Lunatic asylums United Provinces 1899-1908 - 1899-1908
Year: 1899
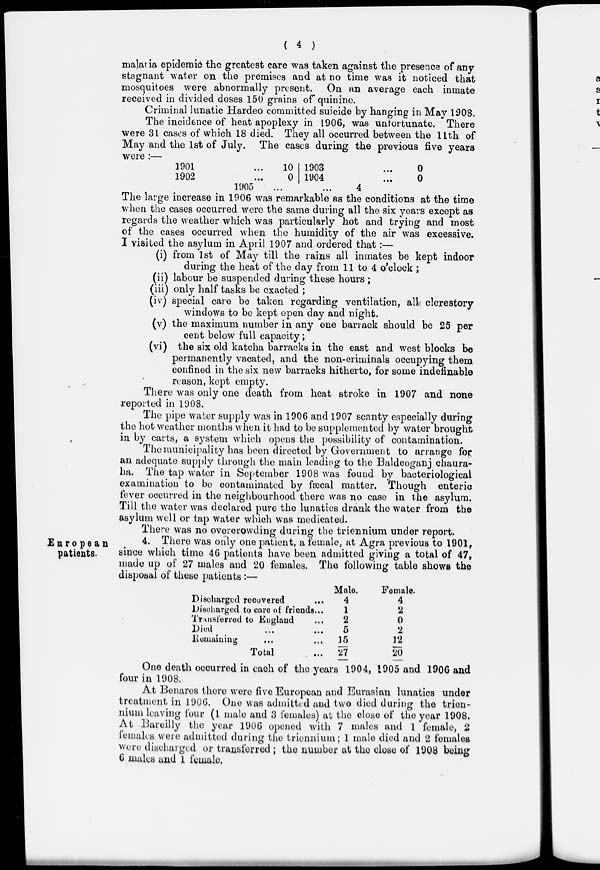
( 4 )
malaria epidemic the greatest care was taken against the presence of any
stagnant water on the premises and at no time was it noticed that
mosquitoes were abnormally present. On an average each inmate
received in divided doses 150 grains of quinine.
Criminal lunatic Hardeo committed suicide by hanging in May 1908.
The incidence of heat apoplexy in 1906, was unfortunate. There
were 31 cases of which 18 died. They all occurred between the 11th of
May and the 1st of July. The cases during the previous five years
were :—
1901
...
1902
...
1905
10
0
...
1903
1904
...
4
...
...
0
0
The large increase in 1906 was remarkable as the conditions at the time
when the cases occurred were the same during all the six years except as
regards the weather which was particularly hot and trying and most
of the cases occurred when the humidity of the air was excessive.
I visited the asylum in April 1907 and ordered that:—
(i) from 1st of May till the rains all inmates be kept indoor
during the heat of the day from 11 to 4 o'clock ;
(ii) labour be suspended during these hours ;
(iii) only half tasks be exacted ;
(iv) special care be taken regarding ventilation, all clerestory
windows to be kept open day and night.
(v) the maximum number in any one barrack should be 25 per
cent below full capacity;
(vi) the six old katcha barracks in the east and west blocks be
permanently vacated, and the non-criminals occupying them
confined in the six new barracks hitherto, for some indefinable
reason, kept empty.
There was only one death from heat stroke in 1907 and none
reported in 1908.
The pipe water supply was in 1906 and 1907 scanty especially during
the hot weather months when it had to be supplemented by water brought
in by carts, a system which opens the possibility of contamination.
The municipality has been directed by Government to arrange for
an adequate supply through the main leading to the Baldeoganj chaura-
ha. The tap water in September 1908 was found by bacteriological
examination to be contaminated by fæcal matter. Though enteric
fever occurred in the neighbourhood there was no case in the asylum.
Till the water was declared pure the lunatics drank the water from the
asylum well or tap water which was medicated.
There was no overcrowding during the triennium under report.
European
patients.
4. There was only one patient, a female, at Agra previous to 1901,
since which time 46 patients have been admitted giving a total of 47,
made up of 27 males and 20 females. The following table shows the
disposal of these patients :—
Discharged recovered ...
Discharged to care of friends...
Transferred to England ...
Died ... ...
Remaining ... ...
Total
...
Male.
4
1
2
5
15
27
Female.
4
2
0
2
12
20
One death occurred in each of the years 1904, 1905 and 1906 and
four in 1908.
At Benares there were five European and Eurasian lunatics under
treatment in 1906. One was admitted and two died during the trien-
nium leaving four (1 male and 3 females) at the close of the year 1908.
At Bareilly the year 1906 opened with 7 males and 1 female, 2
females were admitted during the triennium; 1 male died and 2 females
were discharged or transferred; the number at the close of 1908 being
6 males and 1 female.